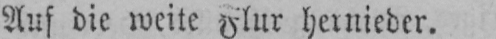
Auf die weite Flur hernieder.